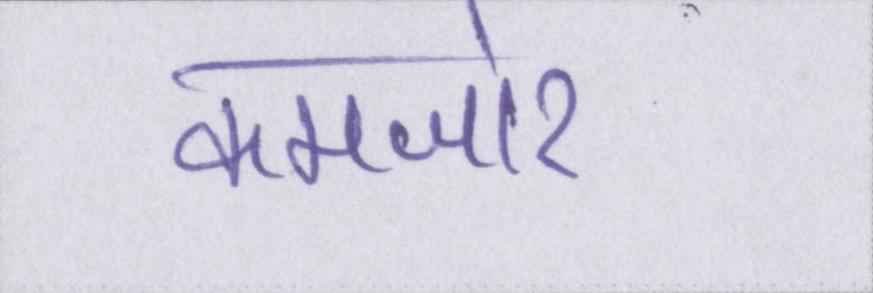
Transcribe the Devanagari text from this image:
कमजोर